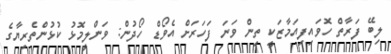
ލިބޭ ފަރާތް ހޮވައިފިއަމާޒަކީ ތިން ވަނަ ފަހަރަށް އެވޯޑް ހޯދުން: ވަންލީމޮޅު ކުޅުންތެރިޔާގެ